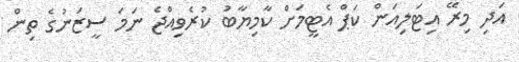
އަދި މިރޭ އިޓަލިއަން ކަޕް އެޓީމަށް ކާމިޔާބު ކުރެވިއްޖެ ނަމަ ސީޒަނުގެ ތިން